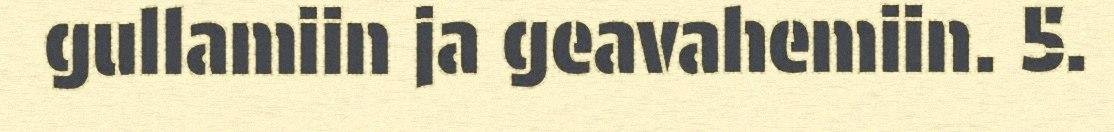
gullamiin ja geavahemiin. 5.